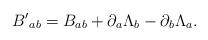
LaTeX: \begin{align*}{B'}_{ab}=B_{ab}+\partial_{a}\Lambda_{b}-\partial_{b}\Lambda_{a}.\end{align*}